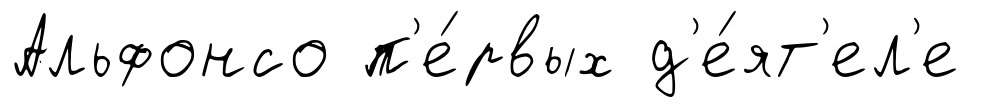
Альфонсо п'е́рвых д'е́ят'ел'е